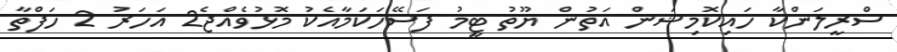
ސްރީލަންކާ ހައިކޮމިޝަން އަތުން ޔޫތު ޓީމު ފަސޭހަކަމާއެކު މޮޅުވެއްޖެ2 އަހަރު 2 ހަފްތާ